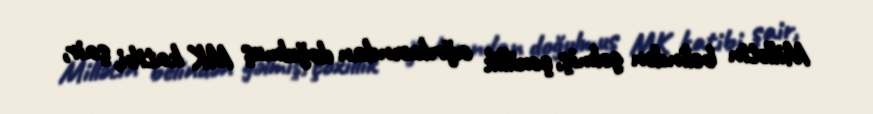
Millətin belindən gəlmiş, çoxillik ağrılarından doğulmuş MK katibi, şair,